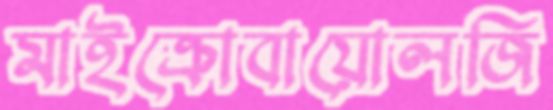
মাইক্রোবায়োলজি